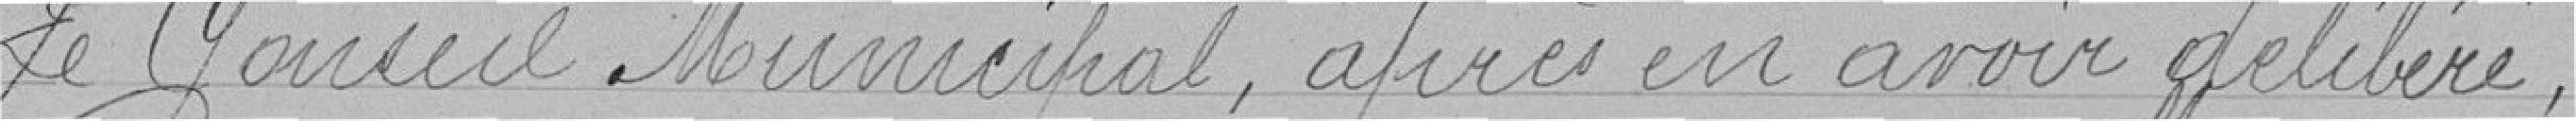
Le conseil municipal, après en avoir délibéré,